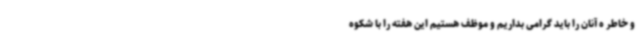
و خاطر ه آنان را باید گرامی بداریم و موظف هستیم این هفته را با شکوه